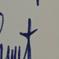
Signature authenticity: genuine